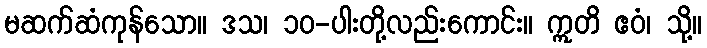
မဆက်ဆံကုန်သော။ ဒသ၊ ၁၀-ပါးတို့လည်းကောင်း။ ဣတိ ဧဝံ၊ သို့။